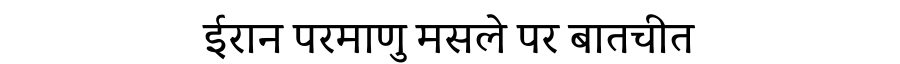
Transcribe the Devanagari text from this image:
ईरान परमाणु मसले पर बातचीत